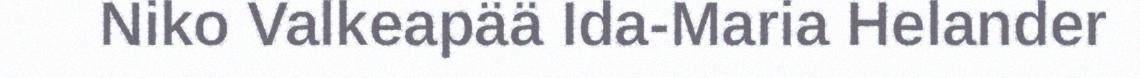
Niko Valkeapää Ida-Maria Helander